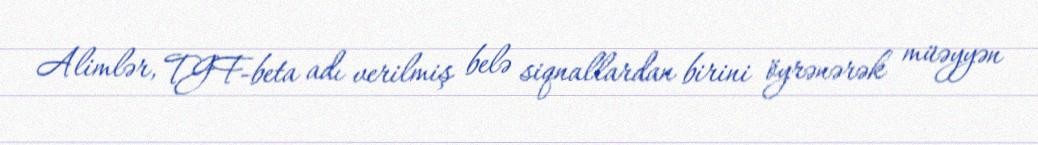
Alimlər, TGF-beta adı verilmiş belə siqnallardan birini öyrənərək müəyyən